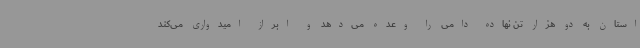
استان به دو هزار تن نهاده دامی را وعده می‌دهد و ابراز امیدواری می‌کند